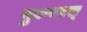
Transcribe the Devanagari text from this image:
पुरुरवस्‌